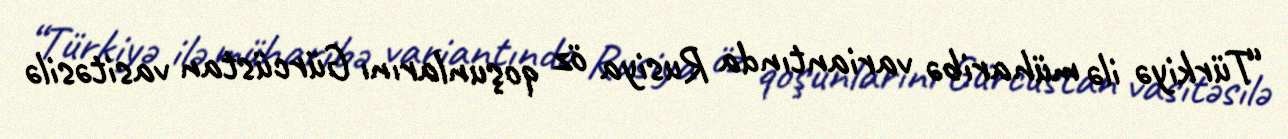
“Türkiyə ilə müharibə variantında Rusiya öz qoşunlarını Gürcüstan vasitəsilə